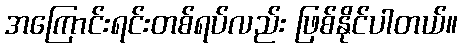
အကြောင်းရင်းတစ်ရပ်လည်း ဖြစ်နိုင်ပါတယ်။